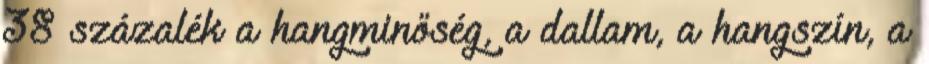
38 százalék a hangminőség, a dallam, a hangszín, a